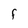
Character: f